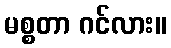
မစ္စတာ ဂင်လား။